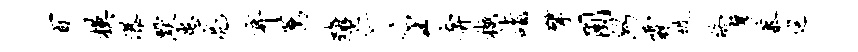
百模瀑默患亮弃荐离仁壬奔樾诣擘圃舄霖徙终厚慕巡